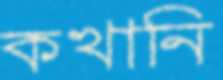
কখানি